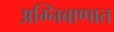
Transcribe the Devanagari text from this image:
अग्निबाणात